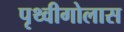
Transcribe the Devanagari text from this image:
पृथ्वीगोलास